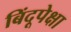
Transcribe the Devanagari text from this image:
बिंदूपेक्षा